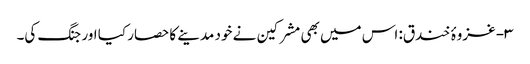
۳- غزوۂ خندق: اس میں بھی مشرکین نے خود مدینے کا حصار کیا اور جنگ کی۔